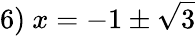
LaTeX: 6)\ x=-1\pm{\sqrt{3}}